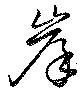
岸